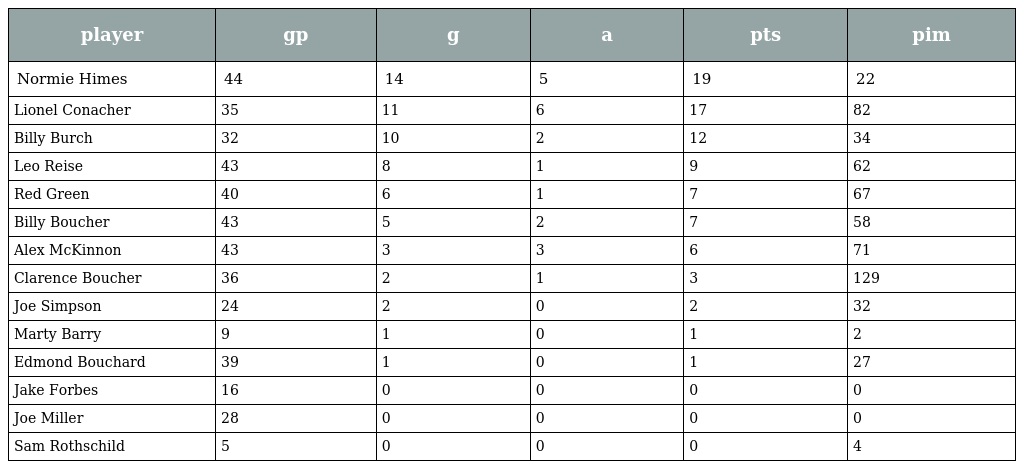
| player | gp | g | a | pts | pim |
 | --- | --- | --- | --- | --- | --- |
 | Normie Himes | 44 | 14 | 5 | 19 | 22 |
 | Lionel Conacher | 35 | 11 | 6 | 17 | 82 |
 | Billy Burch | 32 | 10 | 2 | 12 | 34 |
 | Leo Reise | 43 | 8 | 1 | 9 | 62 |
 | Red Green | 40 | 6 | 1 | 7 | 67 |
 | Billy Boucher | 43 | 5 | 2 | 7 | 58 |
 | Alex McKinnon | 43 | 3 | 3 | 6 | 71 |
 | Clarence Boucher | 36 | 2 | 1 | 3 | 129 |
 | Joe Simpson | 24 | 2 | 0 | 2 | 32 |
 | Marty Barry | 9 | 1 | 0 | 1 | 2 |
 | Edmond Bouchard | 39 | 1 | 0 | 1 | 27 |
 | Jake Forbes | 16 | 0 | 0 | 0 | 0 |
 | Joe Miller | 28 | 0 | 0 | 0 | 0 |
 | Sam Rothschild | 5 | 0 | 0 | 0 | 4 |